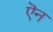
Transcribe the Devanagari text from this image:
ऎन